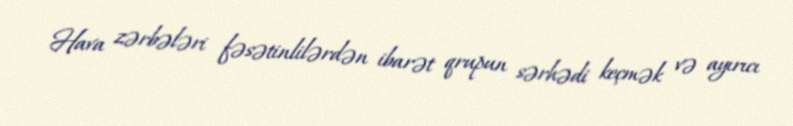
Hava zərbələri fəsətinlilərdən ibarət qrupun sərhədi keçmək və ayırıcı